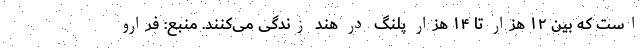
است که بین ۱۲ هزار تا ۱۴ هزار پلنگ در هند زندگی می‌کنند. منبع: فرارو